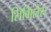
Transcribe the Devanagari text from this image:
सिमिलेस